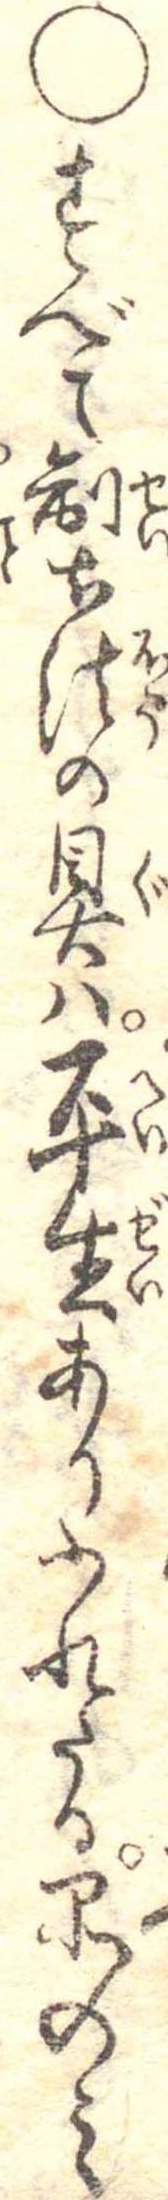
○すべて製法の具は平生ありふれたる品のみ